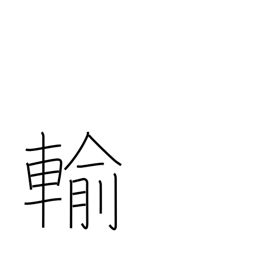
Meaning: be inferior